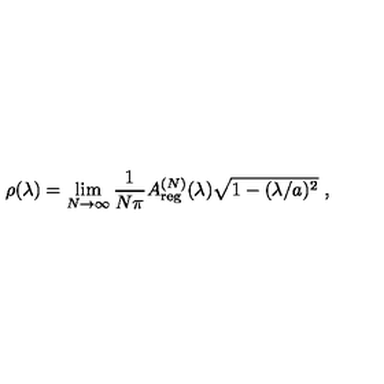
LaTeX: \rho ( \lambda ) = \lim _ { N \to \infty } \frac { 1 } { N \pi } A _ { \mathrm { r e g } } ^ { ( N ) } ( \lambda ) \sqrt { 1 - ( \lambda / a ) ^ { 2 } } \ ,